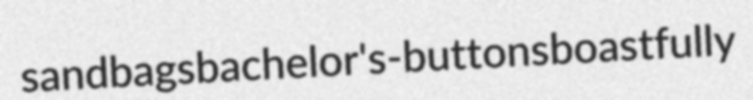
sandbags bachelor's-buttons boastfully